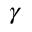
\gamma